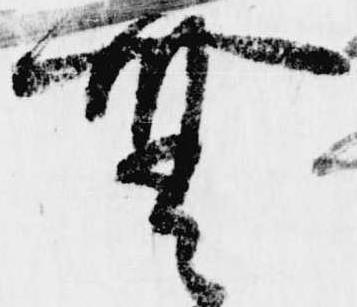
無